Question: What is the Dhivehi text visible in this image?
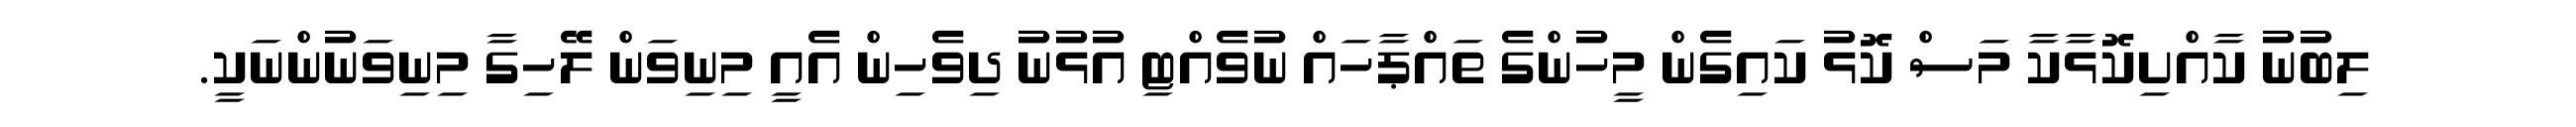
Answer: ލިބުނު ކާއްށިކޮޅާކާ މަސް ކޮޅު ކައިގެން މީހުންގެ ތައްޕާހައް ނުވެއްޓި އުޅުނު ދިވެހިން އެއީ މިނިވަން ލޭހިގާ މިނިވަނުންނަކީ.